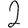
Digit: 2